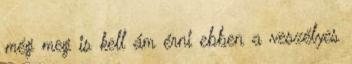
még meg is kell ám érni ebben a veszélyes